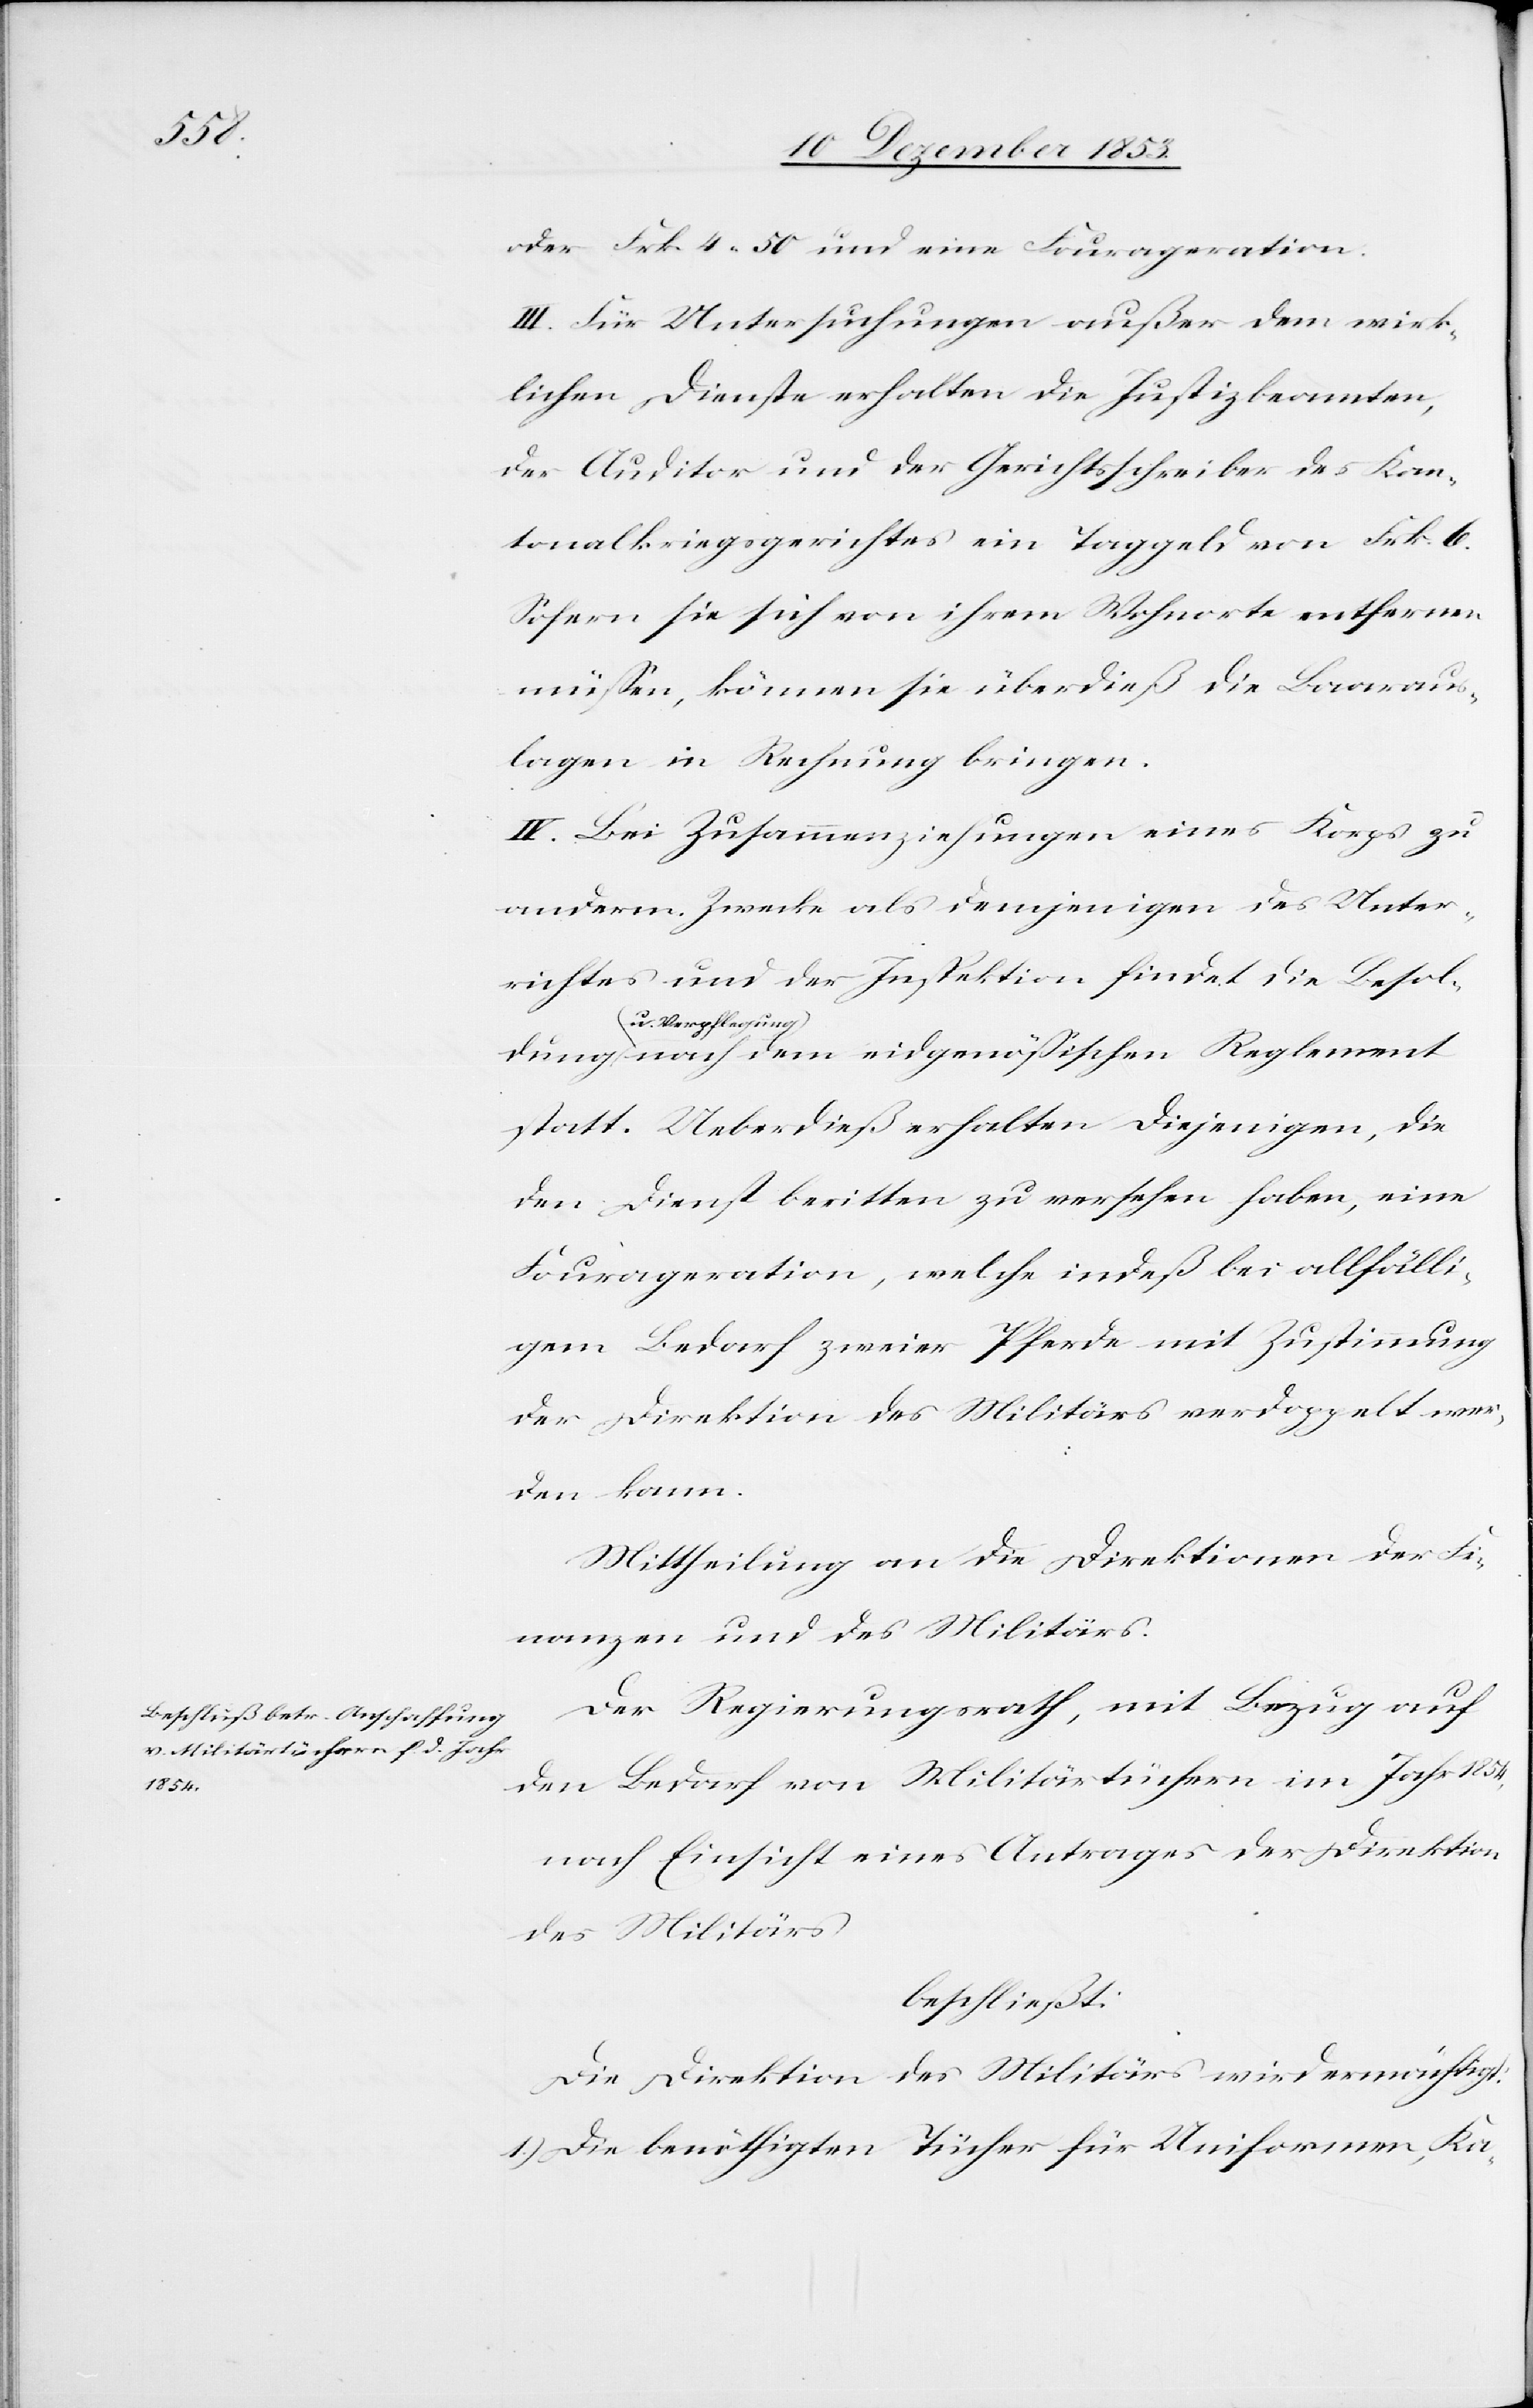
pfle¬

oder Frk. 4.50 und eine Fourageration.
III. Für Untersuchungen außer dem wirk¬
lichen Dienste erhalten die Justizbeamten,
der Auditor und der Gerichtsschreiber des Kan¬
tonalkriegsgerichtes ein Taggeld von Frk. 6.
Sofern sie sich von ihrem Wohnorte entfernen
müßen, können sie überdieß die Baaraus¬
lagen in Rechnung bringen.
IV. Bei Zusammenziehungen eines Korps zu
anderm Zwecke als demjenigen des Unter¬
richtes und der Inspektion findet die Besol¬
gung) nach dem eidgenößischen Reglement
statt. Ueberdieß erhalten diejenigen, die
den Dienst beritten zu versehen haben, eine
Fourageration, welche indeß bei allfälli¬
gem Bedarf zweier Pferde mit Zustimmung
der Direktion des Militärs verdoppelt wer¬
den kann.
Mittheilung an die Direktion der Fi¬
nanzen und des Militärs.
Der Regierungsrath, mit Bezug auf
den Bedarf von Militärtüchern im Jahr 1854,
nach Einsicht eines Antrages der Direktion
des Militärs
beschließt:
Die Direktion des Militärs wird ermächtigt:
1) Die benöthigten Tücher für Uniformen, Ka-